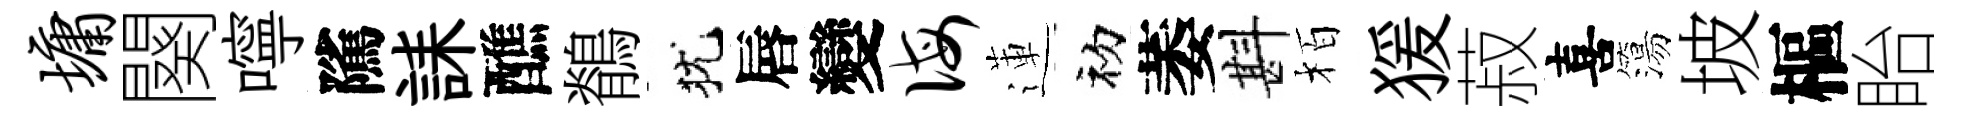
墉闋嚀隲誄醮鶺犹唇變诲蓮初萎斟栢猨菽喜簜坡樞眙